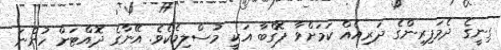
ގިނީގެ ދެމަފިރިންގެ ދަރިއެއް ކަމަށްވާ ޕޮގްބާ އަކީ މުސްލިމެކެވެ. އޭނާގެ ދޮއްޓަށް ހުންނަ